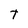
Character: T